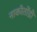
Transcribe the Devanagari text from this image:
नाकीतोंडी